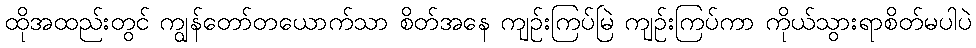
ထိုအထည်းတွင် ကျွန်တော်တယောက်သာ စိတ်အနေ ကျဉ်းကြပ်မြဲ ကျဉ်းကြပ်ကာ ကိုယ်သွားရာစိတ်မပါပဲ